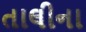
તાલીના